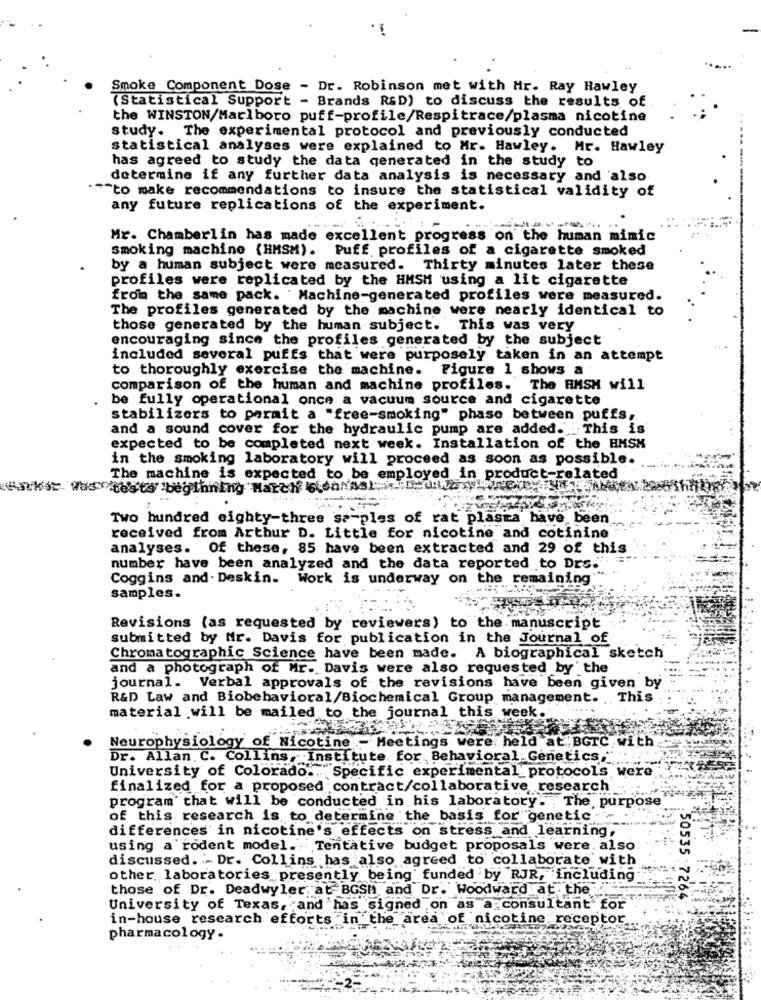
Smoke Component Dose - Dr. Robinson met with Mr. Ray Hawley
(Statistical Support - Brands R&D) to discuss the results of
the WINSTON/Marlboro puff-profile/Respitrace/plasma nicotine
study. The experimental protocol and previously conducted
statistical analyses were explained to Mr. Hawley. Mr. Hawley
has agreed to study the data generated in the study to
determine if any further data analysis is necessary and also
""to make recommendations to insure the statistical validity of
any future replications of the experiment.
Mr. Chamberlin has made excellent progress on the human mimic
smoking machine (HMSM). Puff profiles of a cigarette smoked
by a human subject were measured. Thirty minutes later these
profiles were replicated by the HMSM using a lit cigarette
from the same pack. Machine-generated profiles were measured.
The profiles generated by the machine were nearly identical to
those generated by the human subject. This was very
encouraging since the profiles generated by the subject
included several puffs that were purposely taken in an attempt
to thoroughly exercise the machine. Figure 1 shows a
comparison of the human and machine profiles. The HMSM will
be fully operational once a vacuum source and cigarette
stabilizers to perait a "free-smoking" phase between puffs,
and a sound cover for the hydraulic pump are added. This is
expected to be completed next week. Installation of the HMSM
in the smoking laboratory will proceed as soon as possible.
The machine is expected to be employed in product-related
Harkit Was tests beginning "Match "(danssindzwei
Two hundred eighty-three sa-ples of rat plasta have been
received from Arthur D. Little for nicotine and cotinine
analyses. Of these, 85 have been extracted and 29 of this
number have been analyzed and the data reported to Drs."
Coggins and. Deskin. Work is underway on the remaining
samples.
Revisions (as requested by reviewers) to the manuscript
submitted by Mr. Davis for publication in the Journal of
Chromatographic Science have been made. A biographical sketch
and a photograph of Mr. Davis were also requested by' the
journal. Verbal approvals of the revisions have been given by
R&D Law and Biobehavioral/Biochemical Group management. . This
material will be mailed to the journal this week.
Neurophysiology of Nicotine - Meetings were held at BGTC with
Dr. Allan C. Collins, Institute for Behavioral Genetics,"
University of Colorado .. Specific experimental protocols were
finalized for a proposed contract/collaborative research
program that will be conducted in his laboratory. The purpose
of this research is to determine the basis for genetic."
differences in nicotine's effects on stress and learning,
using a rodent model. : Tentative budget proposals were. also
discussed. Dr. Collins has also agreed to collaborate with
other laboratories presently being funded by RJR, including
those of Dr. Deadwyler at BGSH and Dr. Woodward at the
:50535:7264
University of Texas, and has signed on as a consultant for
in-house research efforts in the area of nicotine receptor
pharmacology.